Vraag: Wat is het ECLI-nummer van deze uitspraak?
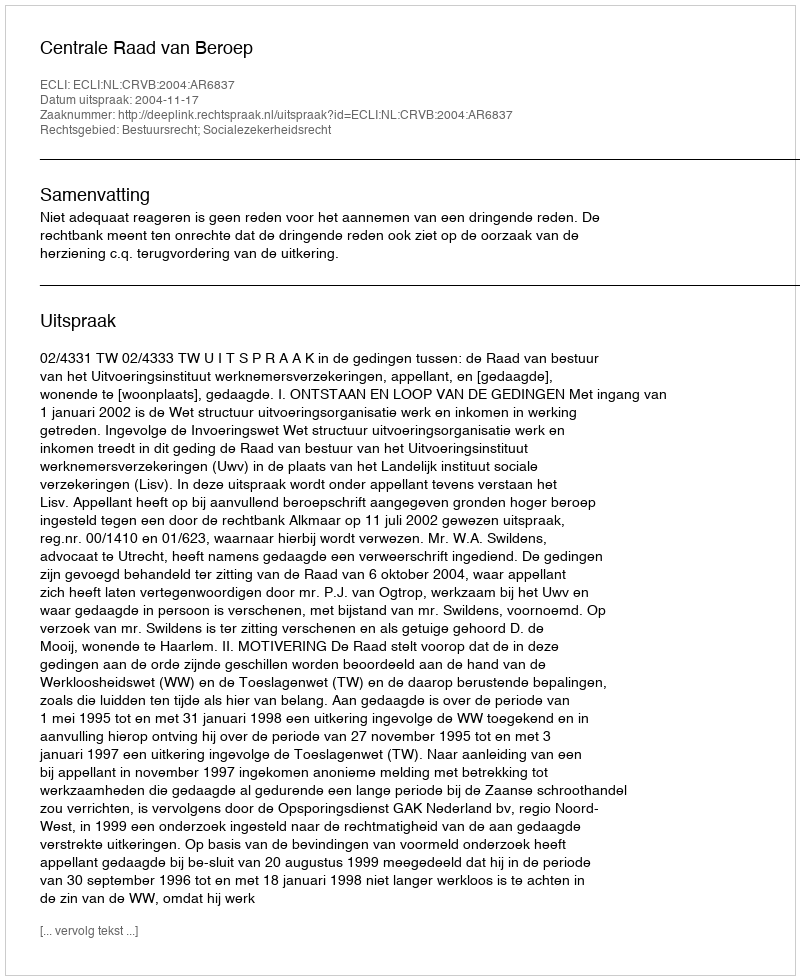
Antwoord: ECLI:NL:CRVB:2004:AR6837